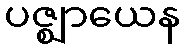
ပဇ္ဈာယေန